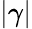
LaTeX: |\gamma|